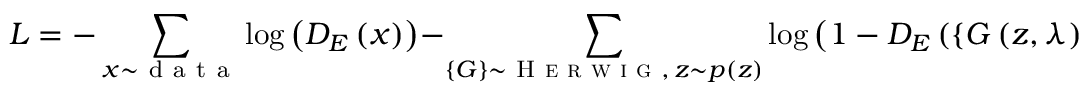
L = - \sum _ { x \sim \mathrm { ~ d ~ a ~ t ~ a ~ } } \log \left( D _ { E } \left( x \right) \right) - \sum _ { \left\{ G \right\} \sim \textsc { H e r w i g } , \, z \sim p \left( z \right) } \log \left( 1 - D _ { E } \left( \left\{ G \left( z , \lambda \right) \right\} \right) \right) \, ,